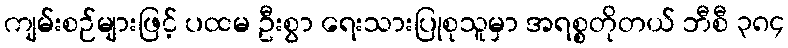
ကျမ်းစဉ်များဖြင့် ပထမ ဦးစွာ ရေးသားပြုစုသူမှာ အရစ္စတိုတယ် ဘီစီ ၃၈၄